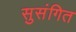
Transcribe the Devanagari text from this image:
सुसंगित